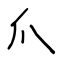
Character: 爪